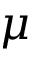
\boldsymbol { \mu }